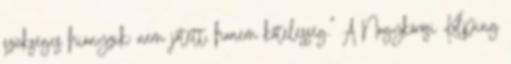
szükséges hiányzik: nem jótett, hanem kötelesség." A Nagykőrösi Kolping